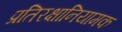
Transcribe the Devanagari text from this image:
प्रतिरक्षानियामक